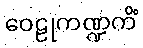
ဝေဠုကဏ္ဍကိံ